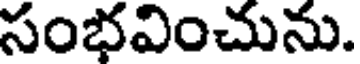
సంభవించును.